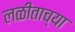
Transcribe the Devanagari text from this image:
लळीताच्या